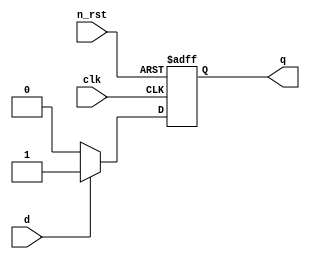
module d_ff(
    clk,
    n_rst,
    d,
    q
);

input clk;
input n_rst;
input d;
output reg q;


always @(posedge clk or negedge n_rst)
begin
    if(!n_rst)
        q <= 1'b0;
    else if (d == 1'b1)
        q <= d;
    else if (d == 1'b0)
        q <= d;
end

endmodule